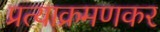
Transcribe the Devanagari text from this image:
प्रत्याक्रमणकर